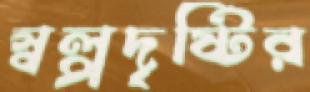
স্বল্পদৃষ্টির